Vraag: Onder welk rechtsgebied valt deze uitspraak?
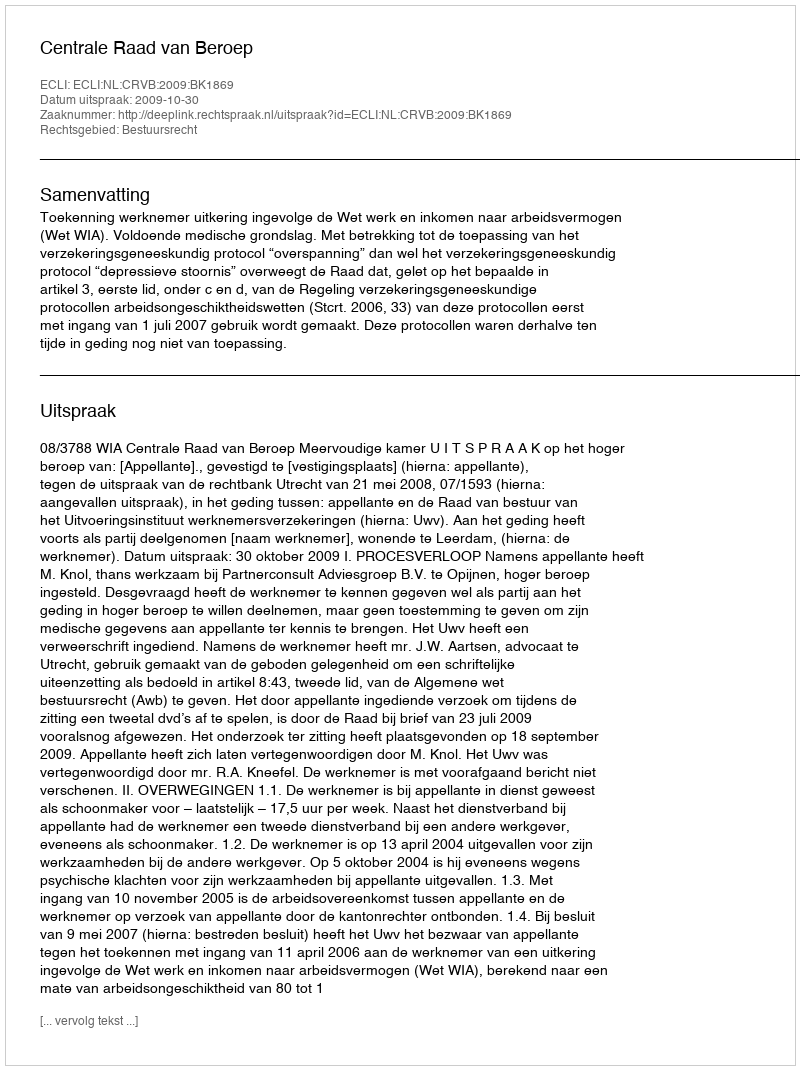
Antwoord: Bestuursrecht